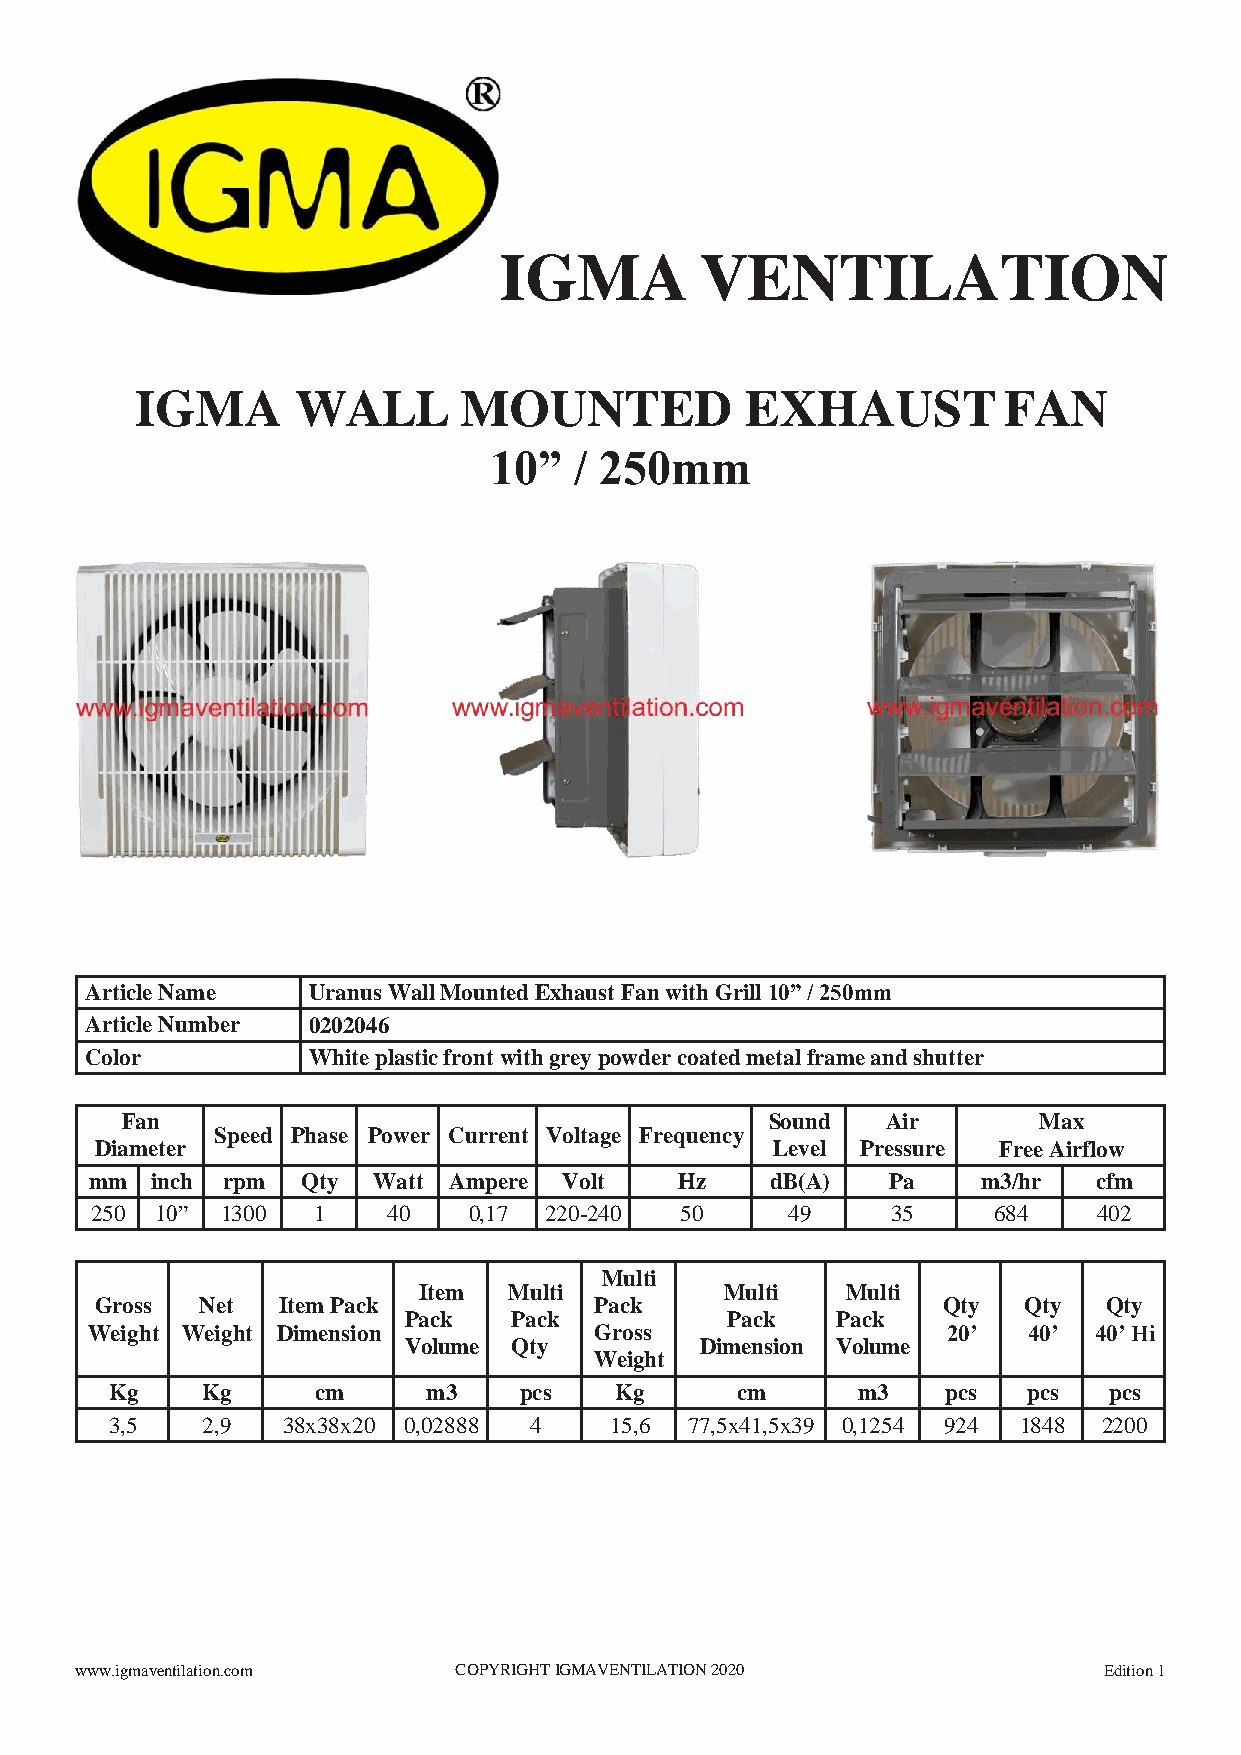
IGMA         VENTILATION
 IGMA       WALL      MOUNTED            EXHAUST          FAN
 10”   / 250mm
 Article Name  Uranus Wall Mounted Exhaust Fan with Grill 10” / 250mm
 Article Number 0202046
 Color         White plastic front with grey powder coated metal frame and shutter
 Fan                                        Sound   Air       Max
 Speed Phase Power Current Voltage Frequency
 Diameter                                     Level Pressure Free Airflow
 mm  inch rpm  Qty  Watt Ampere Volt    Hz    dB(A)   Pa    m3/hr   cfm
 250 10”  1300  1    40   0,17 220-240  50     49     35     684    402
 Multi
 Item  Multi         Multi   Multi
 Gross  Net  Item Pack            Pack                   Qty   Qty  Qty
 Pack   Pack          Pack   Pack
 Weight Weight Dimension          Gross                   20’  40’ 40’ Hi
 Volume Qty         Dimension Volume
 Weight
 Kg    Kg      cm     m3    pcs    Kg      cm      m3    pcs  pcs  pcs
 3,5   2,9   38x38x20 0,02888 4   15,6  77,5x41,5x39 0,1254 924 1848 2200
 www.igmaventilation.com  COPYRIGHT IGMAVENTILATION 2020             Edition 1